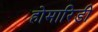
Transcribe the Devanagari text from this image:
होमारिडी